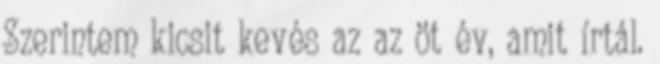
Szerintem kicsit kevés az az öt év, amit írtál.